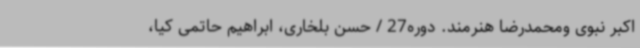
اکبر نبوی ومحمدرضا هنرمند. دوره27 / حسن بلخاری، ابراهیم حاتمی کیا،